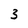
Character: 3